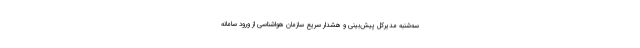
سه‌شنبه مدیرکل پیش‌بینی و هشدار سریع سازمان هواشناسی از ورود سامانه